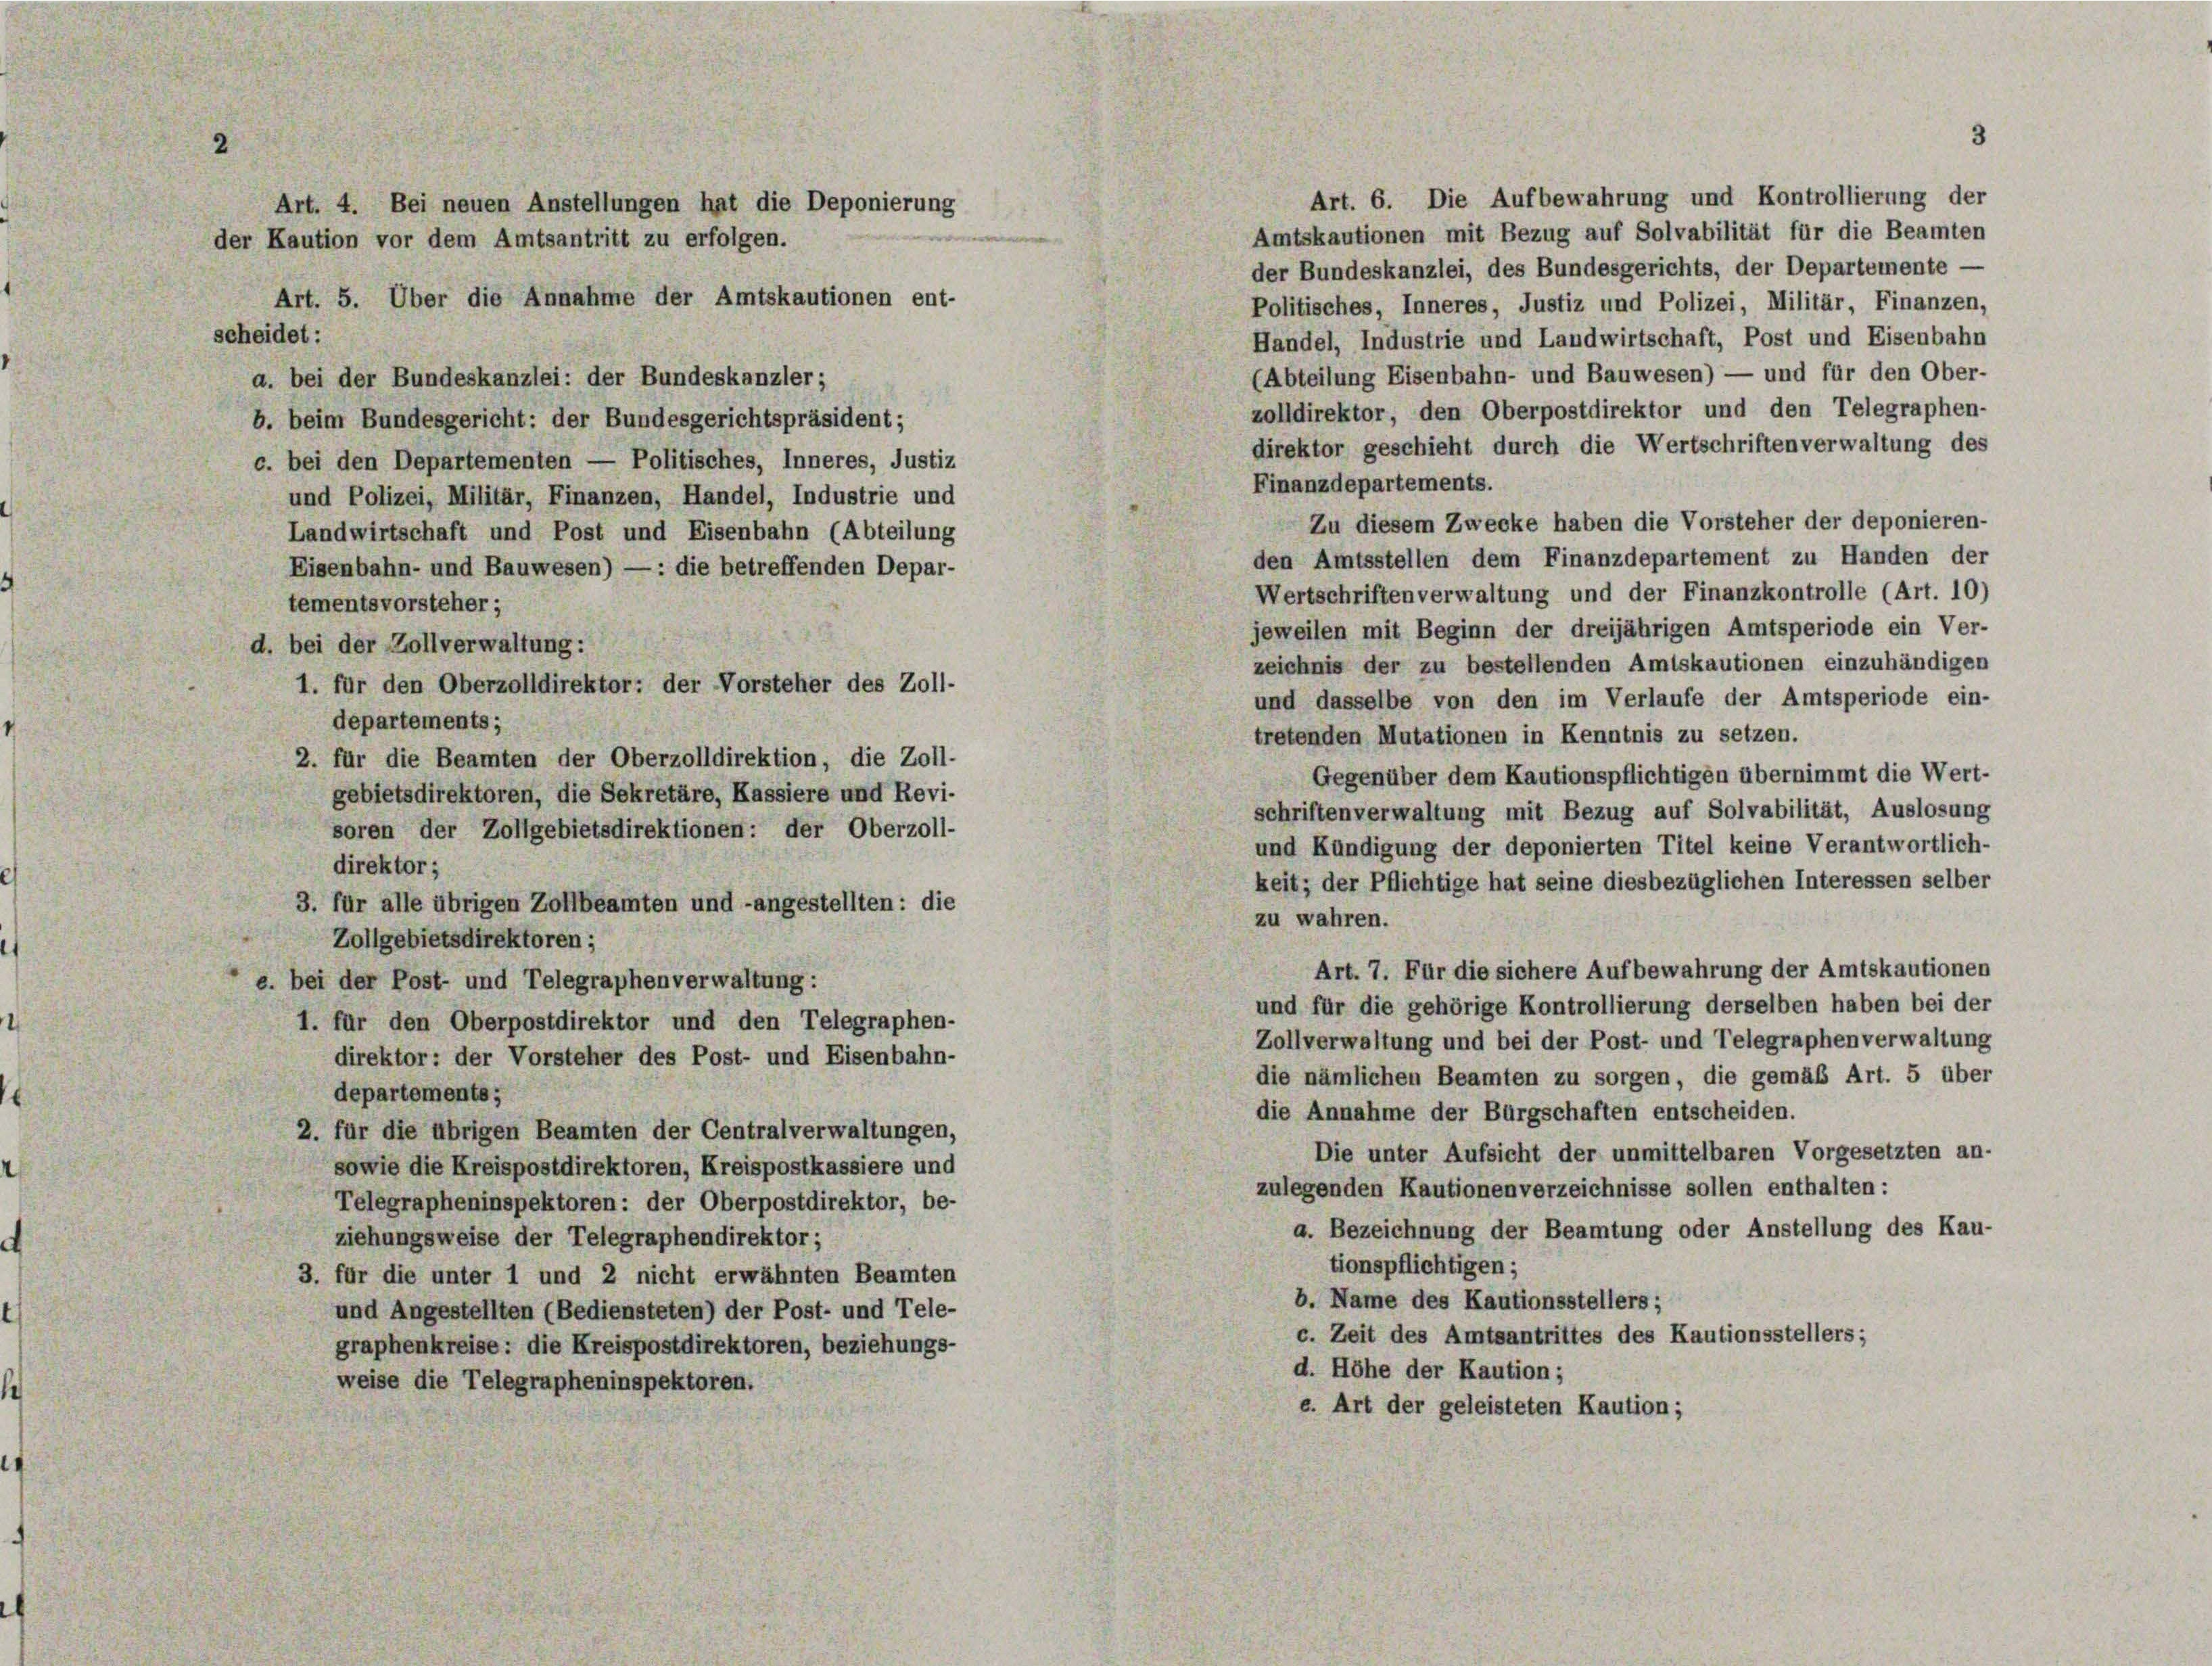
2

Amtskautionen mit Bezug auf Solvabilität für die Beamten
der Kaution vor dem Amtsantritt zu erfolgen.
der Bundeskanzlei, des Bundesgerichts, der Departemente
Art. 5. Über die Annahme der Amtskautionen ent-
Politisches, Inneres, Justiz und Polizei, Militär, Finanzen,
scheidet:
Handel, Industrie und Landwirtschaft, Post und Eisenbahn
(Abteilung Eisenbahn- und Bauwesen) — und für den Ober-
a. bei der Bundeskanzlei: der Bundeskanzler;
zolldirektor, den Oberpostdirektor und den Telegraphen-
b. beim Bundesgericht: der Bundesgerichtspräsident;
direktor geschieht durch die Wertschriften verwaltung des
c. bei den Departementen — Politisches, Inneres, Justiz
Finanzdepartements.
und Polizei, Militär, Finanzen, Handel, Industrie und
Zu diesem Zwecke haben die Vorsteher der deponieren-
Landwirtschaft und Post und Eisenbahn (Abteilung
den Amtsstellen dem Finanzdepartement zu Handen der
Eisenbahn- und Bauwesen) — : die betreffenden Depar-
Wertschriften verwaltung und der Finanzkontrolle (Art. 10)
tementsvorsteher;
jeweilen mit Beginn der dreijährigen Amtsperiode ein Ver-
d. bei der Zollverwaltung:
zeichnis der zu bestellenden Amtskautionen einzuhändigen
1. für den Oberzolldirektor: der Vorsteher des Zoll-
und dasselbe von den im Verlaufe der Amtsperiode ein-
departements;
tretenden Mutationen in Kenntnis zu setzen.
2. für die Beamten der Oberzolldirektion, die Zoll-
Gegenüber dem Kautionspflichtigen übernimmt die Wert-
gebietsdirektoren, die Sekretäre, Kassiere und Revi-
schriftenverwaltung mit Bezug auf Solvabilität, Auslosung
soren der Zollgebietsdirektionen: der Oberzoll-
und Kündigung der deponierten Titel keine Verantwortlich-
direktor;
keit; der Pflichtige hat seine diesbezüglichen Interessen selber
3. für alle übrigen Zollbeamten und - angestellten: die
zu wahren.
Zollgebietsdirektoren;
Art. 7. Für die sichere Aufbewahrung der Amtskautionen
e. bei der Post- und Telegraphenverwaltung:
und für die gehörige Kontrollierung derselben haben bei der
1. für den Oberpostdirektor und den Telegraphen-
Zollverwaltung und bei der Post- und Telegraphenverwaltung
direktor: der Vorsteher des Post- und Eisenbahn-
die nämlichen Beamten zu sorgen, die gemäß Art. 5 über
departements;
die Annahme der Bürgschaften entscheiden.
2. für die übrigen Beamten der Centralverwaltungen,
Die unter Aufsicht der unmittelbaren Vorgesetzten an-
sowie die Kreispostdirektoren, Kreispostkassiere und
zulegenden Kautionenverzeichnisse sollen enthalten:
Telegrapheninspektoren: der Oberpostdirektor, be-
a. Bezeichnung der Beamtung oder Anstellung des Kau-
ziehungsweise der Telegraphendirektor;
tionspflichtigen;
3. für die unter 1 und 2 nicht erwähnten Beamten
b. Name des Kautionsstellers;
und Angestellten (Bediensteten) der Post- und Tele-
c. Zeit des Amtsantrittes des Kautionsstellers;
graphenkreise: die Kreispostdirektoren, beziehungs-
d. Höhe der Kaution;
weise die Telegrapheninspektoren.
e. Art der geleisteten Kaution;

Art. 4. Bei neuen Anstellungen hat die Deponierung